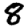
Digit: 8